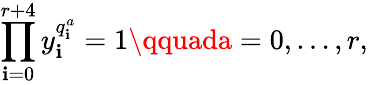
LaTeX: \prod_{\mathbf{i}=0}^{r+4}y_{\mathbf{i}}^{q_{\mathbf{i}}^{a}}=1\qquada=0,\ldots,r,